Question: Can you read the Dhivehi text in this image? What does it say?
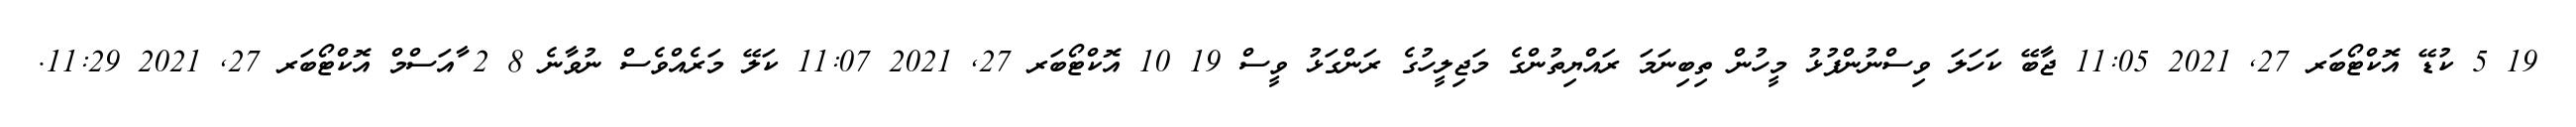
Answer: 19 5 ކުޑޭ އޮކްޓޯބަރ 27, 2021 11:05 ޖާބޭ ކަހަލަ ވިސްނުންފުޅު މީހުން ތިބިނަމަ ރައްޔިތުންގެ މަޖިލީހުގެ ރަންގަޅު ވީސް 19 10 އޮކްޓޯބަރ 27, 2021 11:07 ކަލޭ މަރެއްވެސް ނުވާނެ 8 2 ާއަސްމް އޮކްޓޯބަރ 27, 2021 11:29.